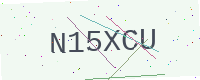
Text: N15XCU